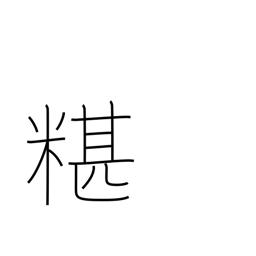
Meaning: mixing rice into soup